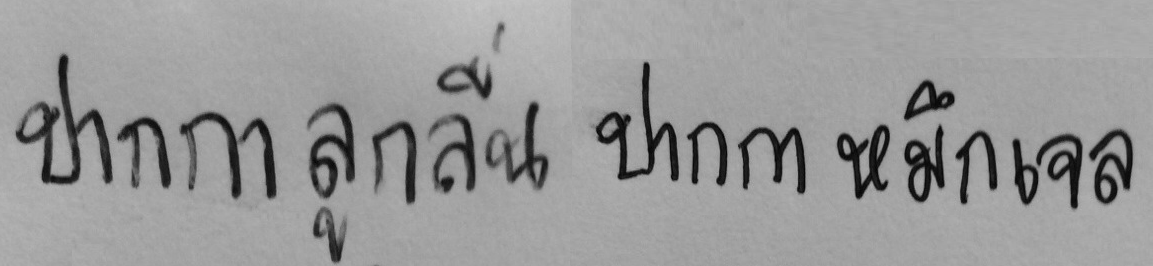
ปากกาลูกลื่น ปากกาหมึกเจล